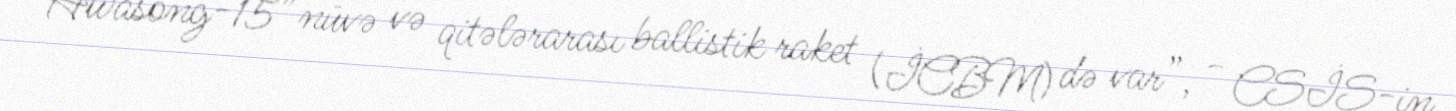
“Hwasong-15” nüvə və qitələrarası ballistik raket (İCBM) də var”, - CSİS-in